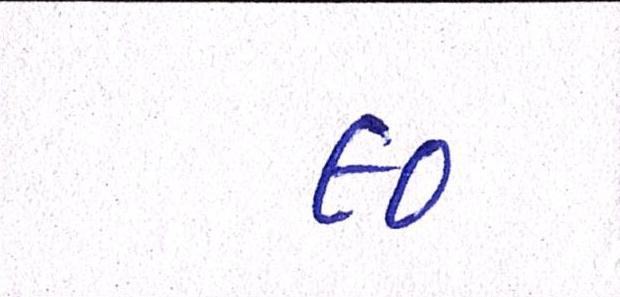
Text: ૯૦